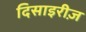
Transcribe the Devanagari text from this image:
दिसाइरीज़